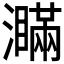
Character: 𤃞